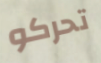
تحركو